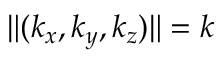
\| ( k _ { x } , k _ { y } , k _ { z } ) \| = k